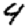
Digit: 4